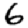
Digit: 6